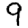
Digit: 9